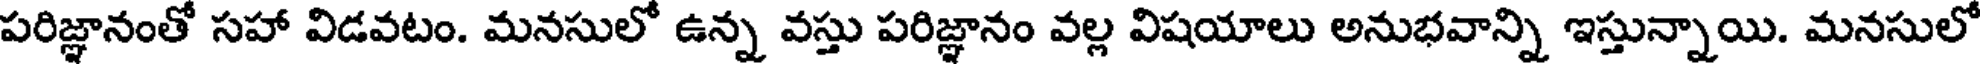
పరిజ్ఞానంతో సహా విడవటం. మనసులో ఉన్న వస్తు పరిజ్ఞానం వల్ల విషయాలు అనుభవాన్ని ఇస్తున్నాయి. మనసులో